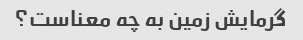
گرمایش زمین به چه معناست؟